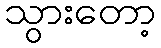
သွားတော့